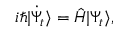
i \hbar | \Dot { \Psi } _ { t } \rangle = \hat { H } | \Psi _ { t } \rangle ,